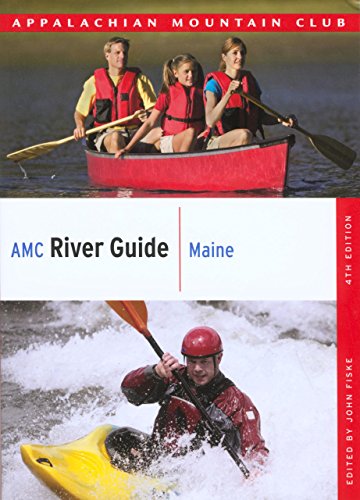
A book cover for AMC River Guide Maine (AMC River Guide Series); Sports & Outdoors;